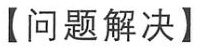
【问题解决】